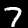
Digit: 7